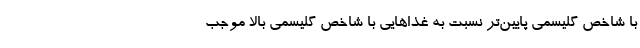
با شاخص گلیسمی پایین‌تر نسبت به غذاهایی با شاخص گلیسمی بالا موجب